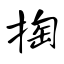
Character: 掏